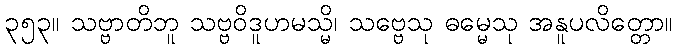
၃၅၃။ သဗ္ဗာတိဘူ သဗ္ဗဝိဒူဟမသ္မိ၊ သဗ္ဗေသု ဓမ္မေသု အနူပလိတ္တော။